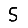
Digit: 5